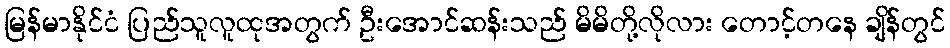
မြန်မာနိုင်ငံ ပြည်သူလူထုအတွက် ဦးအောင်ဆန်းသည် မိမိတို့လိုလား တောင့်တနေ ချိန်တွင်